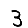
Digit: 3